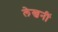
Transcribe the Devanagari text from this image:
लेखनीं